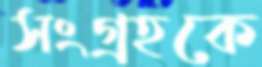
সংগ্রহকে